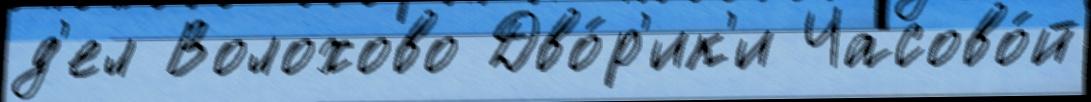
д'ел Волохово Дво́р'ик'и Часово́й